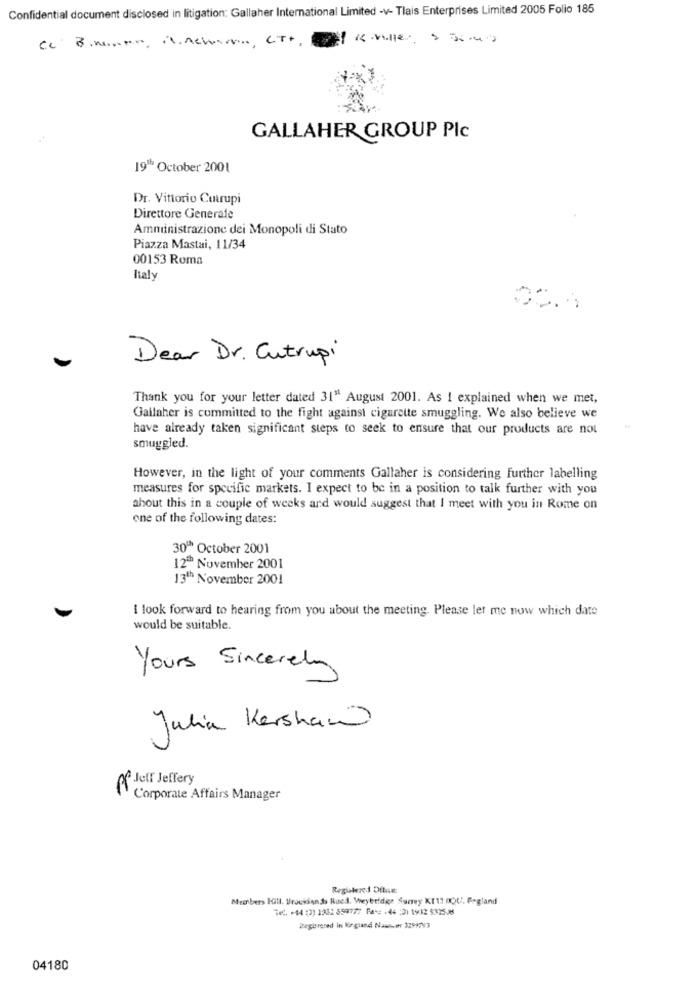
Confidential document disclosed in litigation: Gallaher International Limited -v- Tlais Enterprises Limited 2005 Folio 185
GALLAHER GROUP Plc
19" October 2001
Dr. Vittorio Cuirupi
Direttore Generale
Amministrazione dei Monopoli di Stato
Piazza Mastai, 11/34
00153 Roma
Italy
Dear Dr. Cutrupi
Thank you for your letter dated 31" August 2001. As 1 explained when we met,
Gallaher is committed to the fight against cigarette smuggling. We also believe we
have already taken significant steps to seek to ensure that our products are not
smuggled.
However, in the light of your comments Gallaher is considering Further labelling
measures for specific markets. I expect to be in a position to talk further with you
about this in a couple of weeks and would suggest that I meet with you in Rome on
one of the following dates:
30º October 2001
12ª November 2001
13" November 2001
I look forward to hearing from you about the meeting. Please let me now which date
would be suitable.
Yours Sincerely
Julia Kershaw
Pf Jell Jeffery
Corporate Affairs Manager
Registered Ofbuie
Meatbers Hill. Brouksand Rued. Weybridge Surey KT11 0QU'. Frgland
Tel. +44 (2) 1282 599777 Fax: +46 :0) 1982 5325-26
Registered in Kequand Nawwwr 32997V3
04180